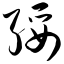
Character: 绥